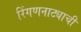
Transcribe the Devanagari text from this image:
रिंगणनाट्याची